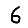
Digit: 6